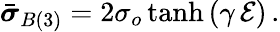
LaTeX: \begin{array}{r}{\bar{\boldsymbol{\sigma}}_{B(3)}=2\sigma_{o}\operatorname{tanh}\left(\gamma\, \mathcal{E}\right)\, .}\end{array}